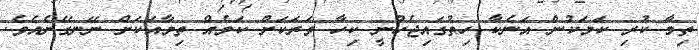
ތިމާ ކުރި ކަމަކުން އަނެކާ ހިތުގައިޖެހުނީ ކިހާ ވަރަކަށް ކަމެއް ތިމާއަކަށް ނޭނގޭނެއެވެ.